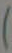
)